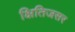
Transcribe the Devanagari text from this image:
क्षितिजसर